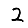
Digit: 2